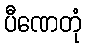
ပီဏေတုံ